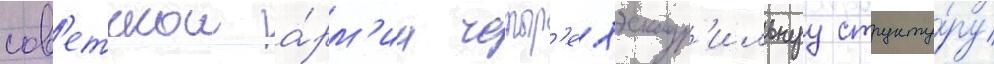
сов'етскои а́рм'ии четыр'ехэскадр'ильнуу структу́ру